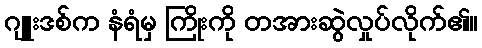
ဂျူးဒစ်က နံရံမှ ကြိုးကို တအားဆွဲလှုပ်လိုက်၏။